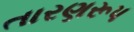
તારણરૂપ